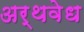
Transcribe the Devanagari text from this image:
अर्थवेध